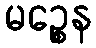
မဉ္စေန